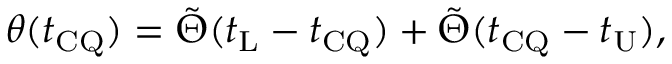
\theta ( t _ { \mathrm { C Q } } ) = \tilde { \Theta } ( t _ { \mathrm { L } } - t _ { \mathrm { C Q } } ) + \tilde { \Theta } ( t _ { \mathrm { C Q } } - t _ { \mathrm { U } } ) ,